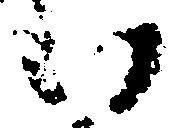
い